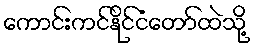
ကောင်းကင်နိုင်ငံတော်ထဲသို့